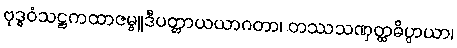
ဗုဒ္ဓဝံသဋ္ဌကထာဇမ္ဗူဒီပတ္တာယယာဂတာ၊ တဿသဏှတ္ထဓိပ္ပာယာ၊